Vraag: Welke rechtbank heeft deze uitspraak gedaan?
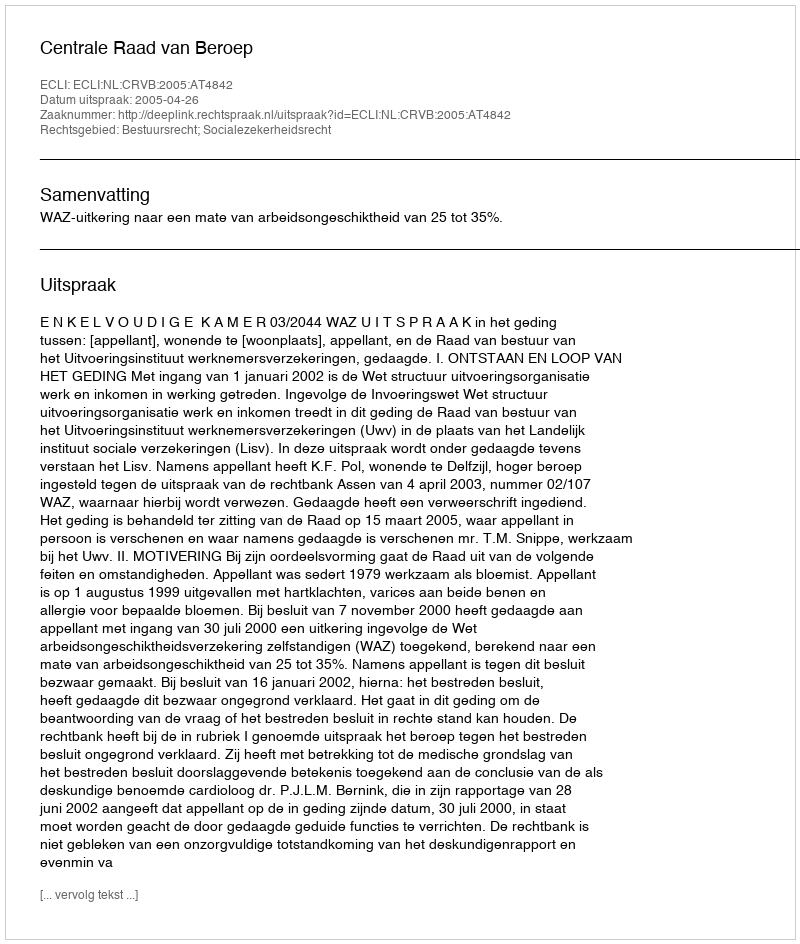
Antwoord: Centrale Raad van Beroep